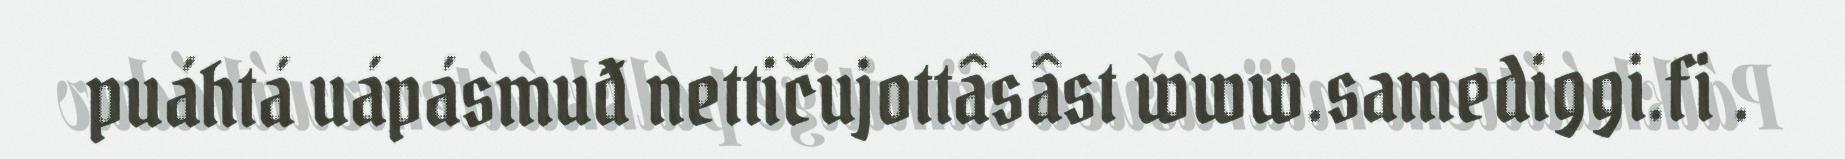
puáhtá uápásmuđ nettičujottâsâst www.samediggi.fi .